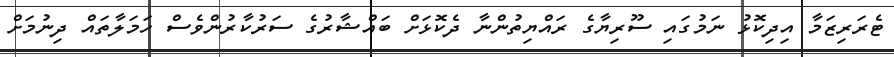
ޓެރަރިޒަމާ އިދިކޮޅު ނަމުގައި ސޫރިޔާގެ ރައްޔިތުންނާ ދެކޮޅަށް ބައްޝާރުގެ ސަރުކާރުންވެސް ހަމަލާތައް ދިނުމަށް